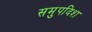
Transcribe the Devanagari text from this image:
समुपदिश